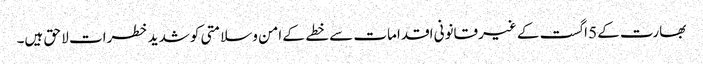
بھارت کے5 اگست کے غیرقانونی اقدامات سے خطے کے امن وسلامتی کوشدید خطرات لا حق ہیں۔